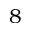
8